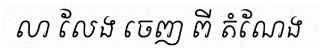
លា លែង ចេញ ពី តំណែង